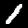
Digit: 1